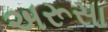
અરૂસા